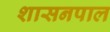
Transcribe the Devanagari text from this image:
शासनपाल